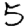
Digit: 5